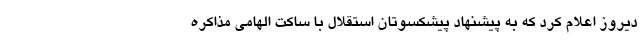
دیروز اعلام کرد که به پیشنهاد پیشکسوتان استقلال با ساکت الهامی مذاکره